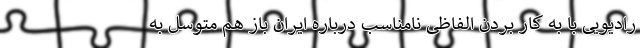
رادیویی با به کار بردن الفاظی نامناسب درباره ایران باز هم متوسل به